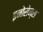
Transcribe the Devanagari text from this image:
इनोसेन्स